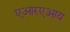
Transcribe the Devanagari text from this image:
एआरएआय